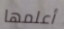
أعلمها